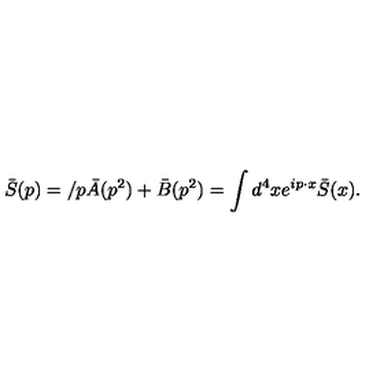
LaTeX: \bar { S } ( p ) = \slash p \bar { A } ( p ^ { 2 } ) + \bar { B } ( p ^ { 2 } ) = \int d ^ { 4 } x e ^ { i p \cdot x } \bar { S } ( x ) .